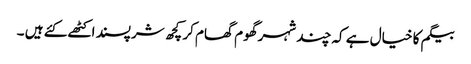
بیگم کا خیال ہے کہ چند شہر گھوم گھام کر کچھ شرپسند اکٹھے کئے ہیں ۔